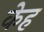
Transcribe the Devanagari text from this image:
केह